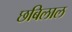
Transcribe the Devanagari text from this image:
छबिलाल